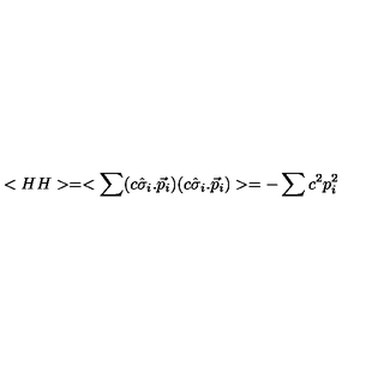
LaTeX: < H H > = < \sum ( c \hat { \sigma } _ { i } . \vec { p } _ { i } ) ( c \hat { \sigma } _ { i } . \vec { p } _ { i } ) > = - \sum c ^ { 2 } p _ { i } ^ { 2 }